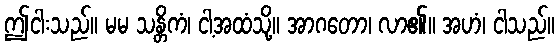
ဤငါးသည်။ မမ သန္တိကံ၊ ငါ့အထံသို့။ အာဂတော၊ လာ၏။ အဟံ၊ ငါသည်။